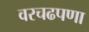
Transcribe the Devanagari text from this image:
वरचढपणा